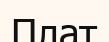
Плат